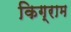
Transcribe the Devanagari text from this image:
किग्राम